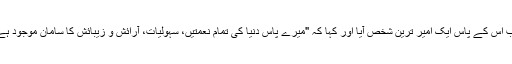
اسے مغربی سائنسدان سگمنڈ فرائیڈ کا قصہ یاد آنے لگا، جب اس کے پاس ایک امیر ترین شخص آیا اور کہا کہ "میرے پاس دنیا کی تمام نعمتیں، سہولیات، آرائش و زیبائش کا سامان موجود ہے مگر مجھے پھر بھی نہ میرے دل کو قرار ہے نہ سکون۔